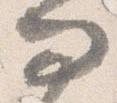
問